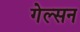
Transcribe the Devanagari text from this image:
गेल्सन